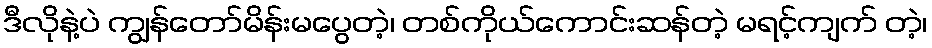
ဒီလိုနဲ့ပဲ ကျွန်တော်မိန်းမပွေတဲ့၊ တစ်ကိုယ်ကောင်းဆန်တဲ့ မရင့်ကျက် တဲ့၊